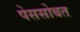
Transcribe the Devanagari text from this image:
पेससोबत